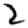
Digit: 2